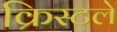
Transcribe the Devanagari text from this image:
क्रिस्टले